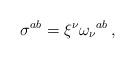
LaTeX: \begin{align*}\sigma^{ab} = \xi^{\nu}\omega_{\nu}{}^{ab}\, ,\end{align*}